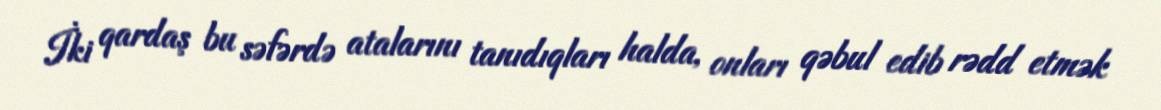
İki qardaş bu səfərdə atalarını tanıdıqları halda, onları qəbul edib rədd etmək